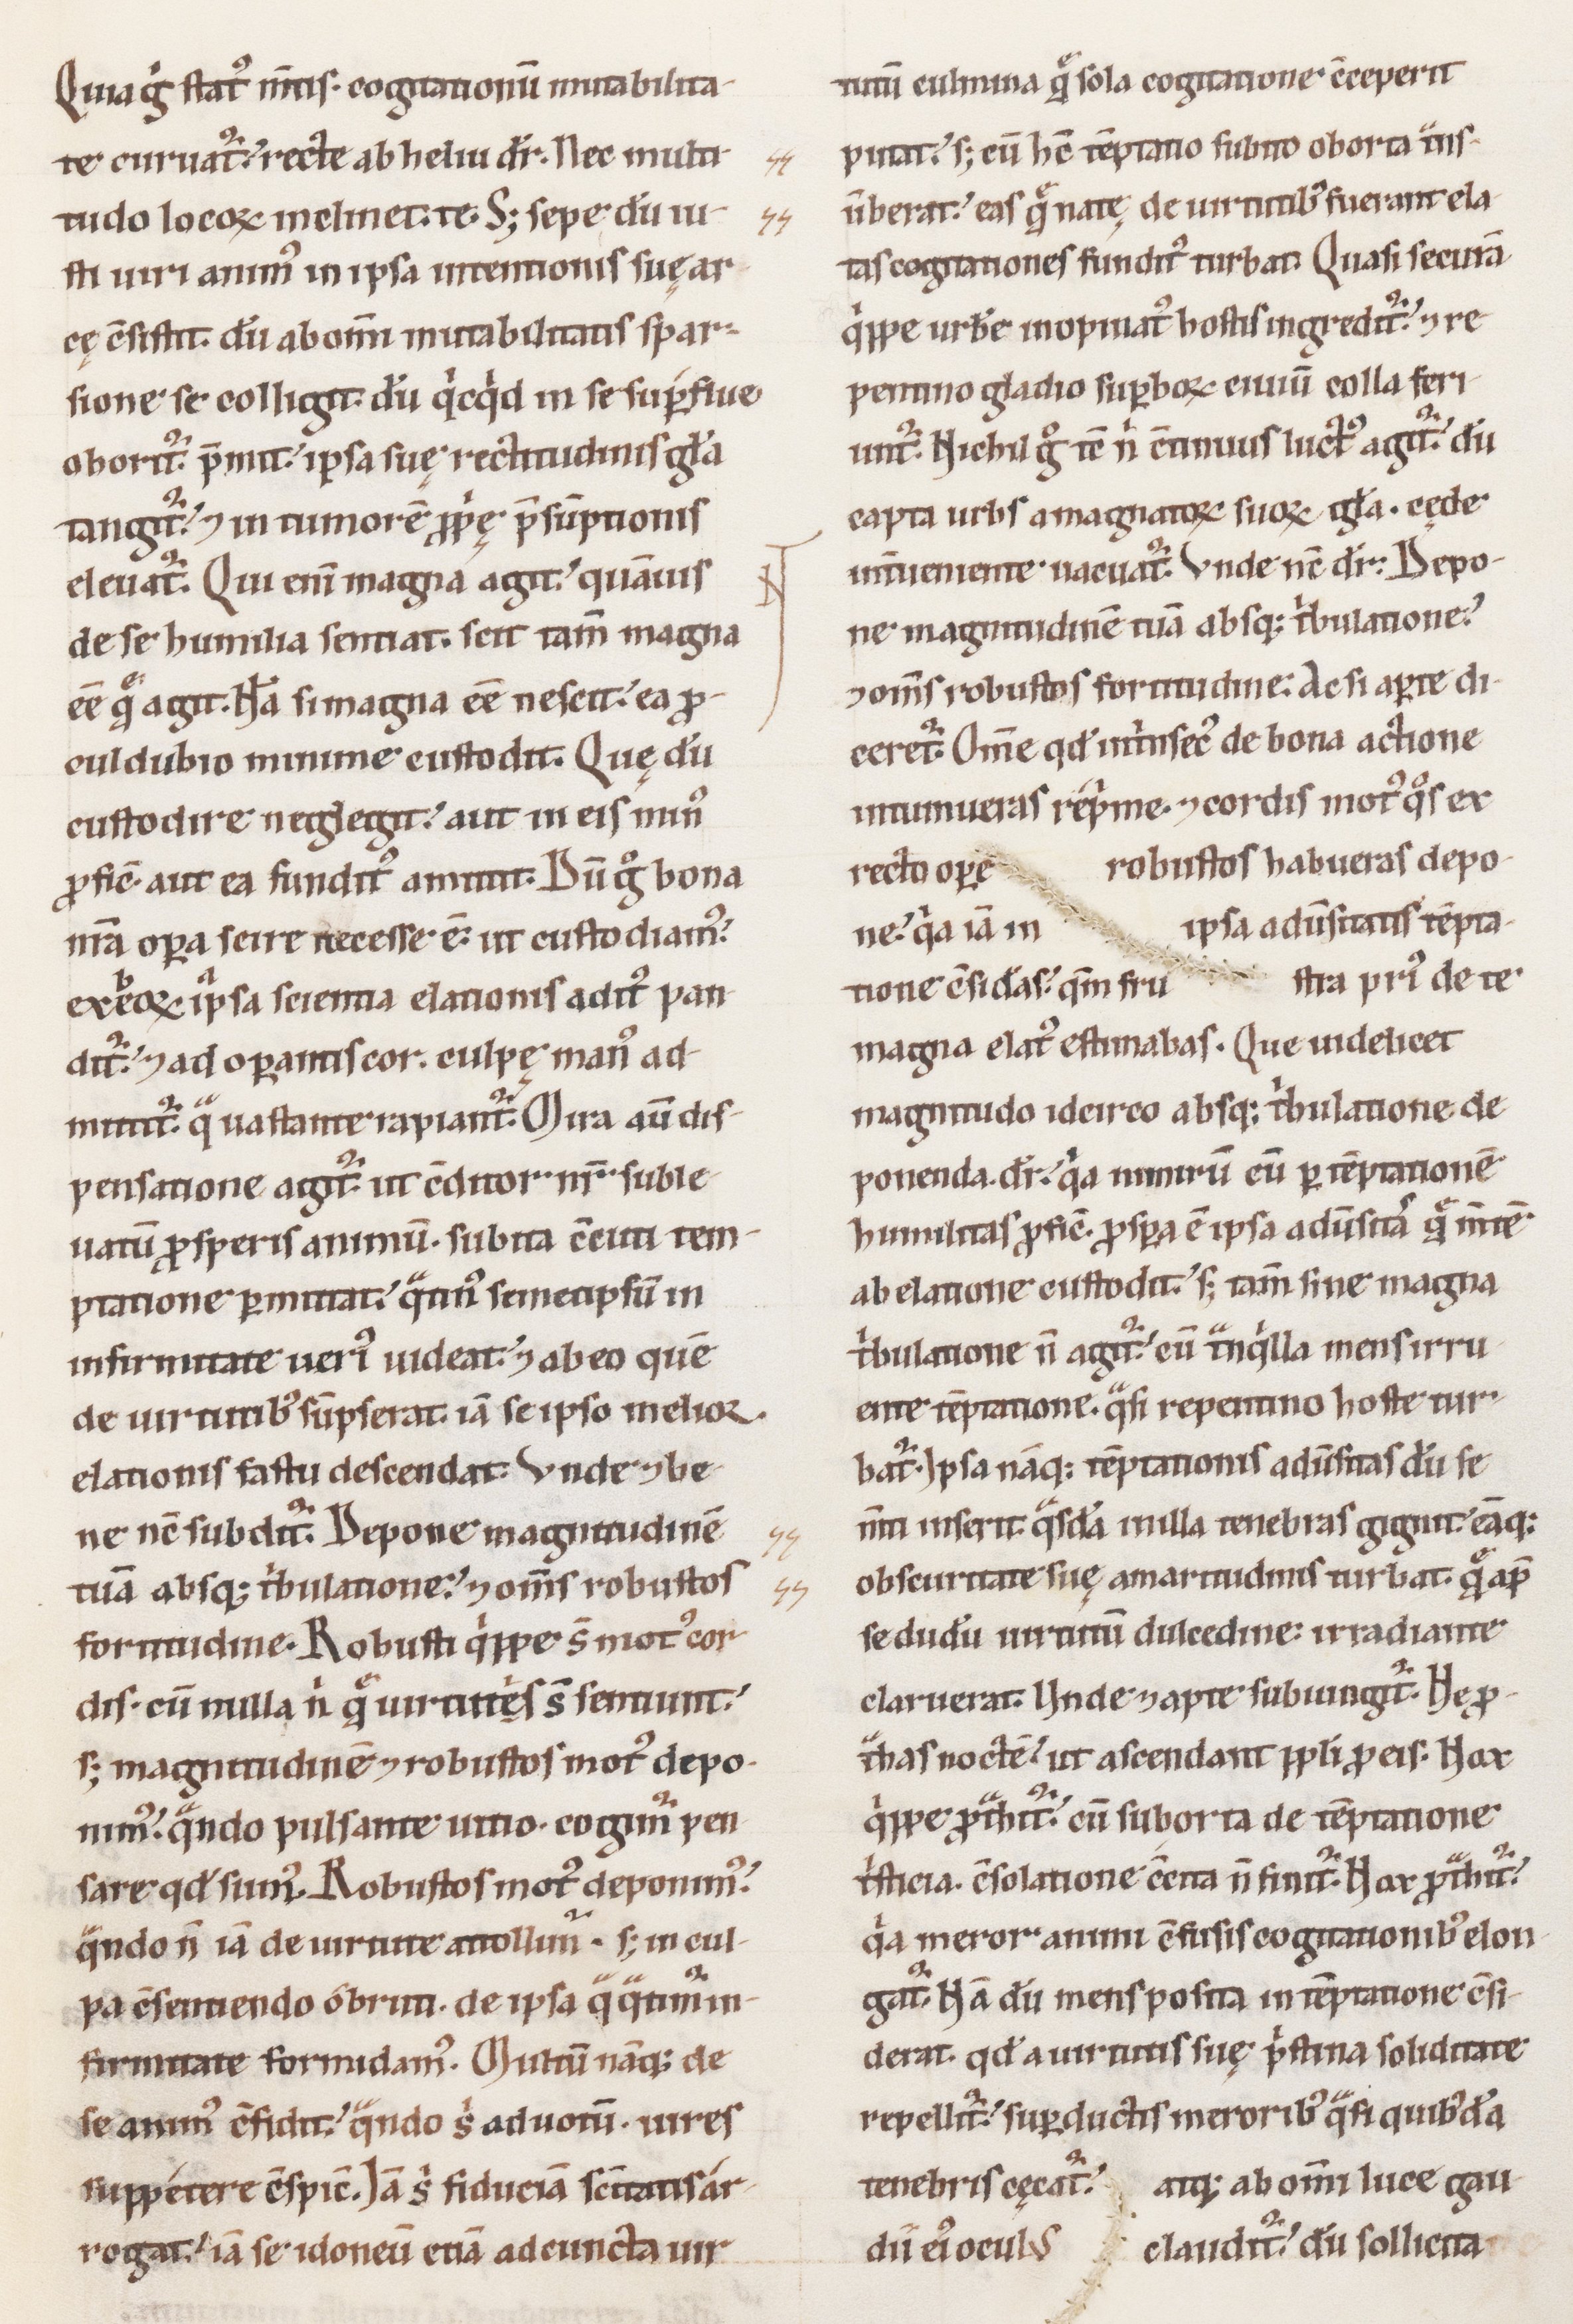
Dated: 1100–1199